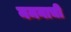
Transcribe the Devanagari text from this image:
नमनाची